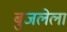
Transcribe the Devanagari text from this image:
बुजलेला